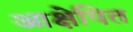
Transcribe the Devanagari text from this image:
आक्षेपित